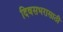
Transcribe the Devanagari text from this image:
दिवसभरासाठी